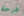
فرحة